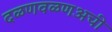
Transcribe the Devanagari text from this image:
दळणवळणअची